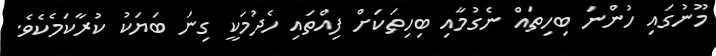
މޫނުގައި ހުންނަ ބިހިތައް ނެގުމާއި ބިހިތަކަށް ފިއްތައި ހެދުމަކީ ގިނަ ބަޔަކު ކުރާކަމެކެެވެ.